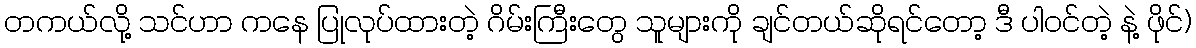
တကယ်လို့ သင်ဟာ ကနေ ပြုလုပ်ထားတဲ့ ဂိမ်းကြီးတွေ သူများကို ချင်တယ်ဆိုရင်တော့ ဒီ ပါဝင်တဲ့ နဲ့ ဖိုင်)